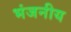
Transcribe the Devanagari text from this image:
भंजनीय